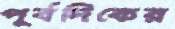
পূর্বদিকের